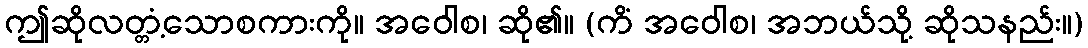
ဤဆိုလတ္တံ့သောစကားကို။ အဝေါစ၊ ဆို၏။ (ကိံ အဝေါစ၊ အဘယ်သို့ ဆိုသနည်း။)